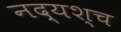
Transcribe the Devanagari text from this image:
नद्यश्‍च